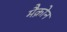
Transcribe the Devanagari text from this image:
मैक्रोन